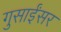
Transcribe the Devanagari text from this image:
गुसाईंसर